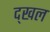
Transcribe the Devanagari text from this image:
द्खल